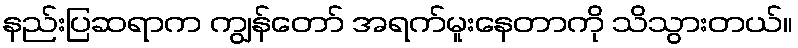
နည်းပြဆရာက ကျွန်တော် အရက်မူးနေတာကို သိသွားတယ်။